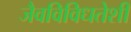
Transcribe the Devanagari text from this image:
जैवविविधतेशी